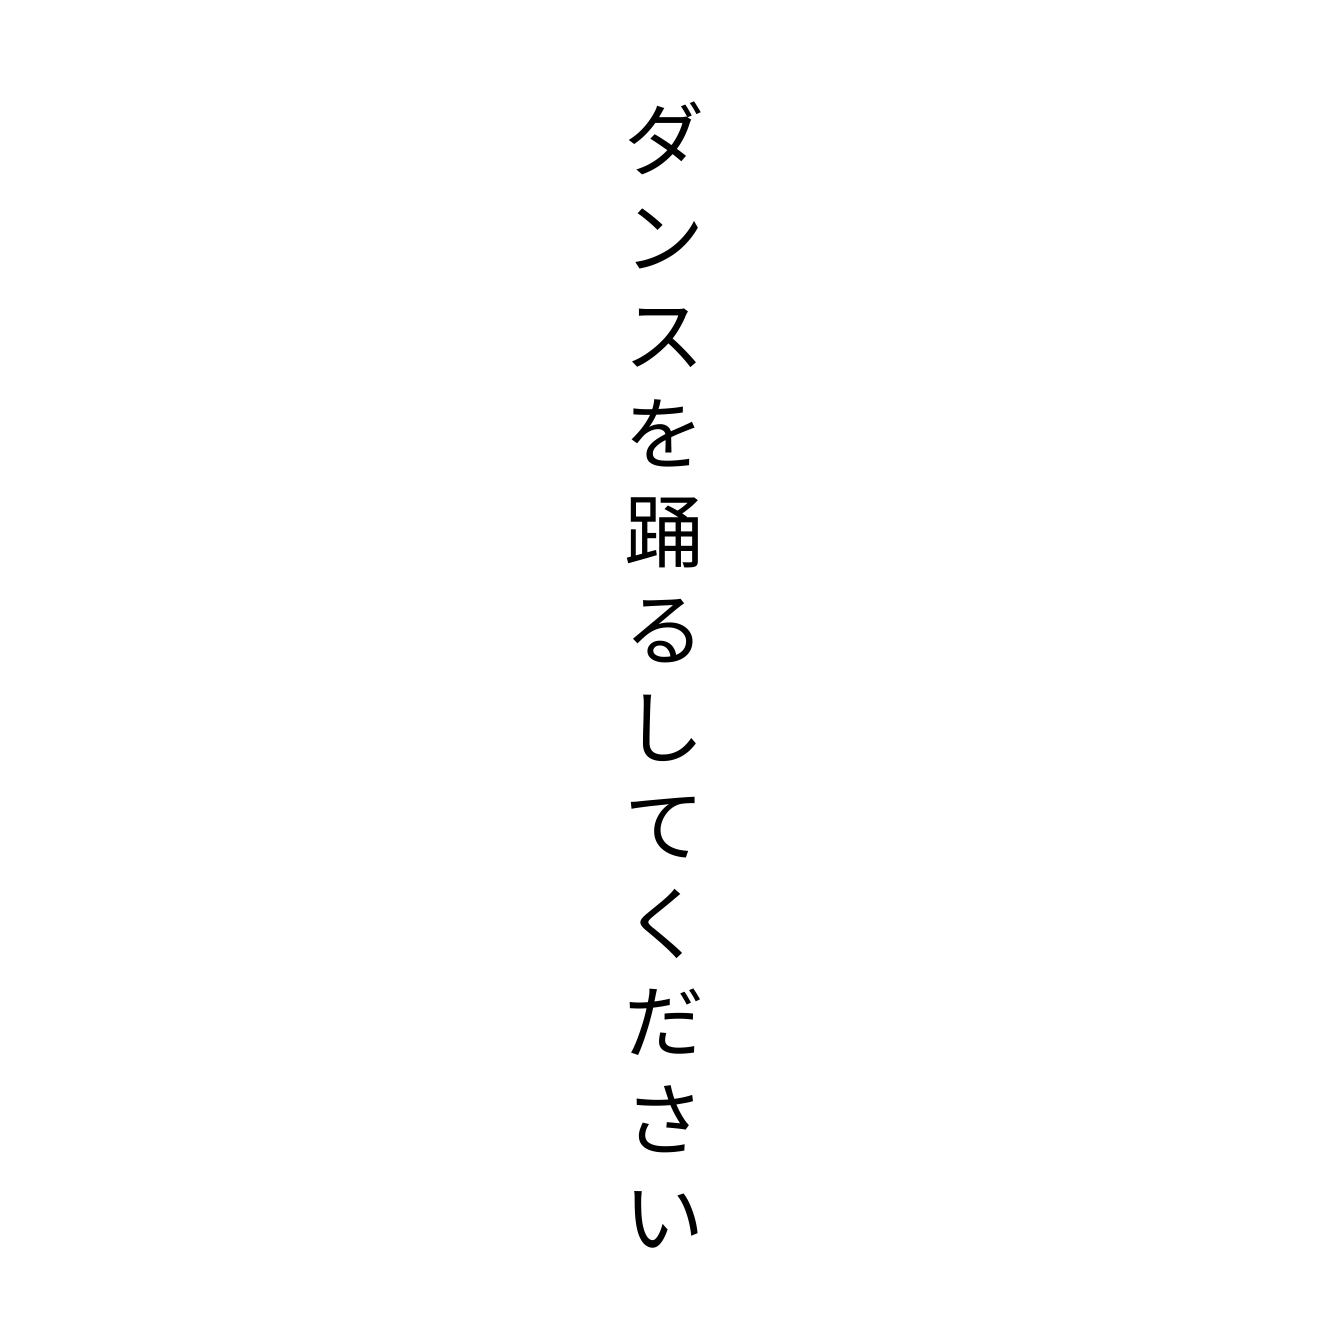
ダンスを踊るしてください